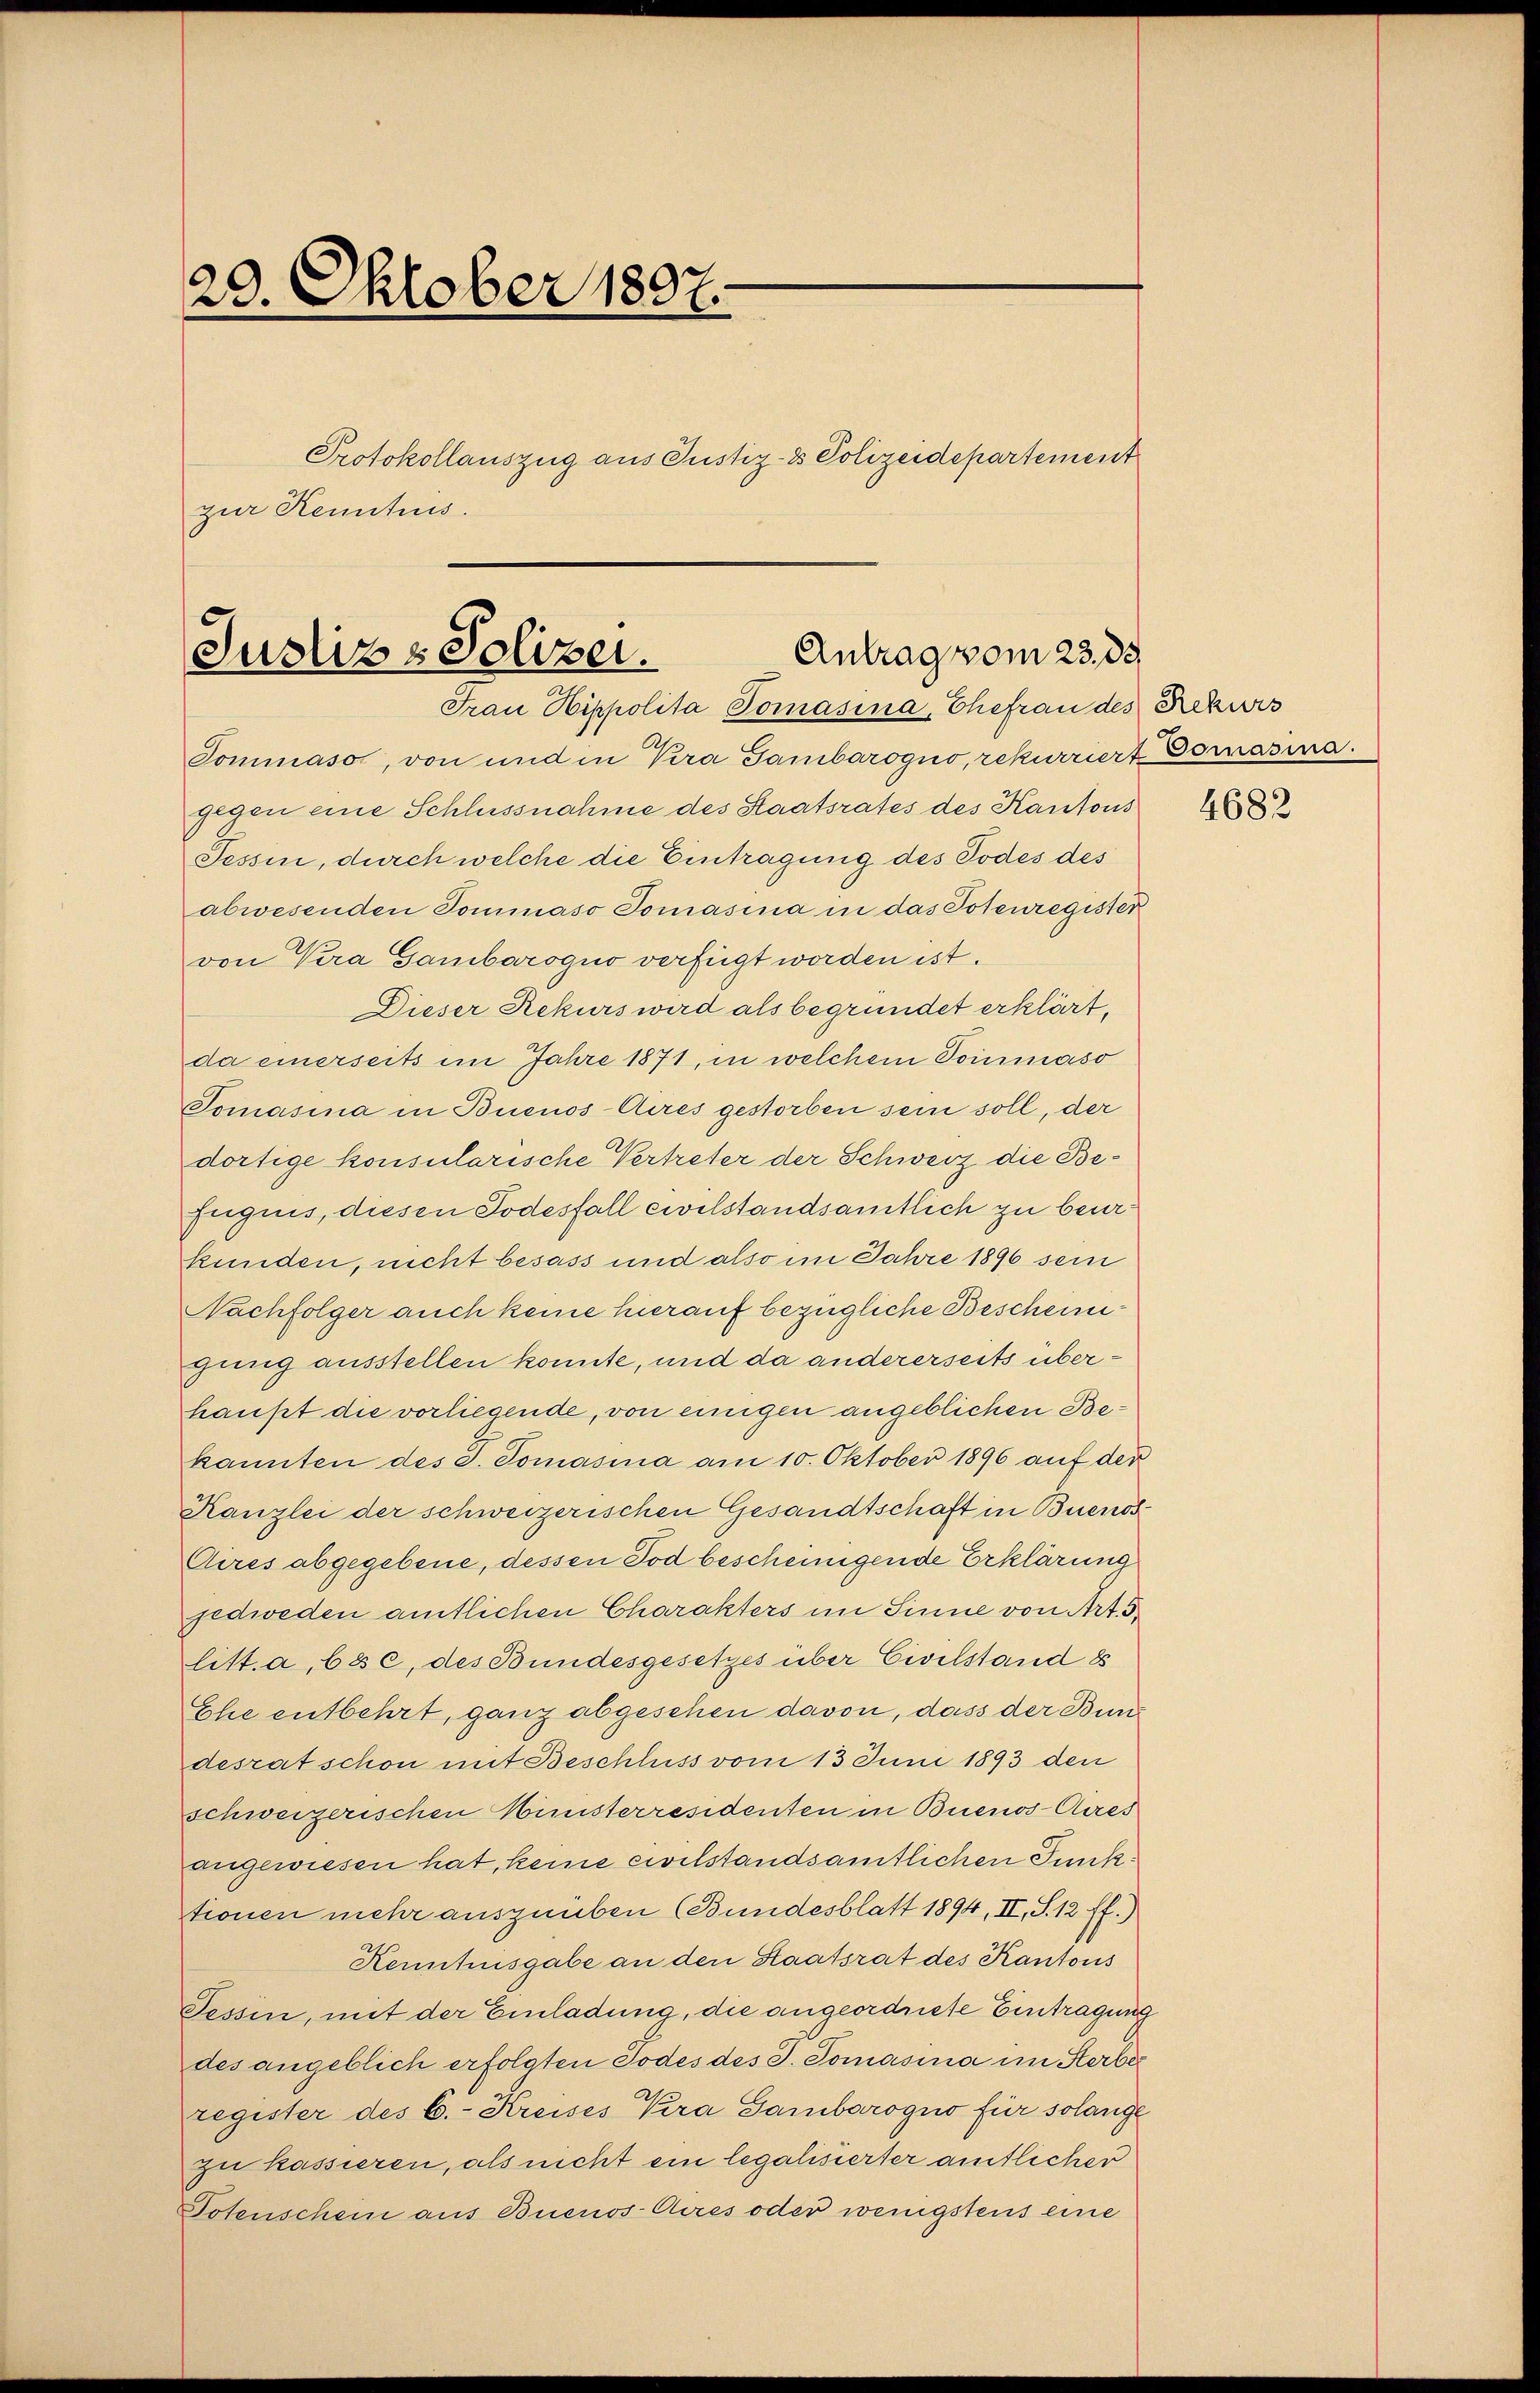
29. Oktober 1897.
Protokollauszug aus Justiz- & Polizeidepartement
zur Kenntnis.

Antrag vom 23. ds.
Justiz & Polizei.
Frau Hippolita Tomasina, Ehefrau des Rekurs

Tommaso, von und in Kera Gambarogno, rekurriert Tomasina.
gegen eine Schlussnahme des Staatsrates des Kantons
Tessin, durch welche die Eintragung des Todes des
abwesenden Sommaso Jomasina in das Potenregister
von Vera Gambarogno verfügt worden ist.
Dieser Rekurs wird als begründet erklärt,
da einerseits im Jahre 1871, in welchem Somnmaso
Tomasina in Buenos-Aires gestorben sein soll, der
dortige konsularische Vertreter der Schweiz die Befugnis, diesen Todesfall civilstandsamtlich zu beurkunden, nicht besass und also im Jahre 1896 sein
Nachfolger auch keine hierauf bezügliche Bescheinigung ausstellen konnte, und da andererseits überhaupt die vorliegende, von einigen angeblichen Bekannten des d. Tomasina am 10. Oktober 1896 auf der
Kanzlei der schweizerischen Gesandtschaft in Buenos
Cires abgegebene, dessen Tod bescheinigende Erklärung
jedweden amtlichen Charakters im Sinne von Art. 5
litt. a, b, c, des Bundesgesetzes über Civilstand 8
Ehe entbehrt, ganz abgesehen davon, dass der Bundesrat schon mit Beschluss vom 13 Juni 1893 den
schweizerischen Ministerresidenten in Buenos-Aires
angewiesen hat, keine civilstandsamtlichen Punktionen mehr auszuüben (Bundesblatt 1894, II, S. 12 ff.)
Kenntnisgabe an den Staatsrat des Kantons
Tessin, mit der Einladung, die angeordnete Eintragung
des angeblich erfolgten Todes des J. Tomasina im Herber
register des C. Kreises Kra Gambarogno für solange
zu kassieren, als nicht ein legalisierter amtlicher
Totenschein aus Buenos-Aires oder wenigstens eine

4682